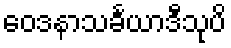
ဝေဒနာသင်္ခယာဒီသုပိ